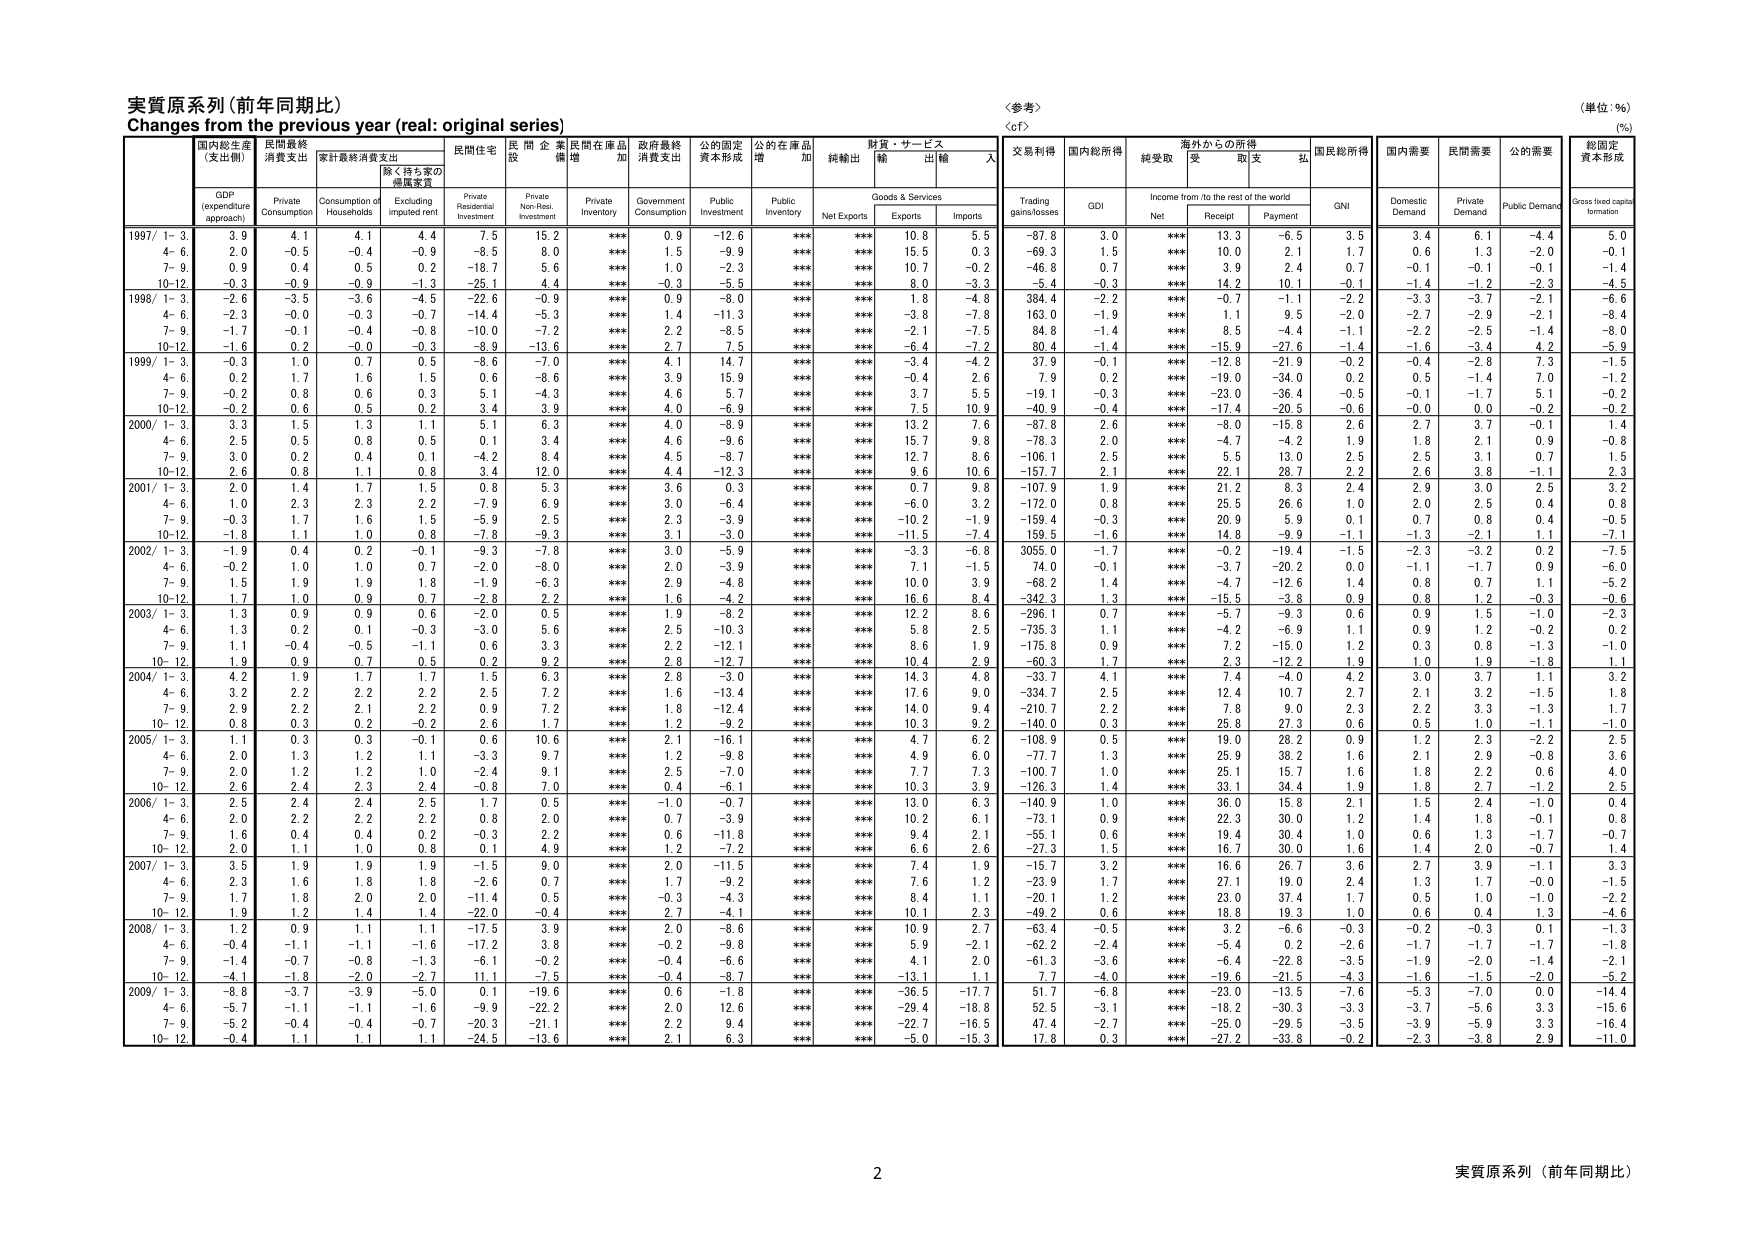
実質原系列（前年同期比）
Changes from the previous year (real: original series)
〈参考〉
（単位：%）
(%)

国内総生産
（支出側）
民間最終
消費支出
家計最終消費支出
除く持ち家の
帰属家賃
民間住宅
投資
民間企業
設備
民間在庫品
増加
政府最終
消費支出
公的固定
資本形成
公的在庫品
増加
純輸出
財貨・サービス
輸出
輸入
交易利得
国内総所得
純受取
海外からの所得
受取
支払
国民総所得
国内需要
民間需要
公的需要
総固定
資本形成

GDP
(expenditure
approach)
Private
Consumption
Consumption of
Households
Excluding
imputed rent
Private
Residential
Investment
Private
Non-Res.
Investment
Private
Inventory
Government
Consumption
Public
Investment
Public
Inventory
Net Exports
Goods & Services
Exports
Imports
Trading
gains/losses
GDI
Income from /to the rest of the world
Net
Receipt
Payment
GNI
Domestic
Demand
Private
Demand
Public Demand
Gross fixed capital
formation

1997/ 1-3
3.9
4.1
4.1
4.4
7.5
15.2
***
0.9
-12.6
***
***
10.8
5.5
-87.8
3.0
***
13.3
-6.5
3.5
3.4
6.1
-4.4
5.0
4-6
2.0
-0.5
-0.4
-0.9
-8.5
8.0
***
1.5
-9.9
***
***
15.5
0.3
-69.3
1.5
***
10.0
2.1
1.7
0.6
1.3
-2.0
-0.1
7-9
0.9
0.4
0.5
0.2
-18.7
5.6
***
1.0
-2.3
***
***
10.7
-0.2
-46.8
0.7
***
3.9
2.4
0.7
-0.1
-0.1
-0.1
-1.4
10-12
-0.3
-0.9
-0.9
-1.3
-25.1
4.4
***
-0.3
-5.5
***
***
8.0
-3.3
-5.4
-0.3
***
14.2
10.1
-0.1
-1.4
-1.2
-2.3
-4.5

1998/ 1-3
-2.6
-3.5
-3.6
-4.5
-22.6
-0.9
***
0.9
-8.0
***
***
1.8
-4.8
384.4
-2.2
***
-0.7
-1.1
-2.2
-3.3
-3.7
-2.1
-6.6
4-6
-2.3
-0.0
-0.3
-0.7
-14.4
-5.3
***
1.4
-11.3
***
***
-3.8
-7.8
163.0
-1.9
***
1.1
9.5
-2.0
-2.7
-2.9
-2.1
-8.4
7-9
-1.7
-0.1
-0.4
-0.8
-10.0
-7.2
***
2.2
-8.5
***
***
-2.1
-7.5
84.8
-1.4
***
8.5
-4.4
-1.1
-2.2
-2.5
-1.4
-8.0
10-12
-1.6
0.2
-0.0
-0.3
-8.9
-13.6
***
2.7
7.5
***
***
-6.4
-7.2
80.4
-1.4
***
-15.9
-27.6
-1.4
-1.6
-3.4
4.2
-5.9

1999/ 1-3
-0.3
1.0
0.7
0.5
-8.6
-7.0
***
4.1
14.7
***
***
-3.4
-4.2
37.9
-0.1
***
-12.8
-21.9
-0.2
-0.4
-2.8
7.3
-1.5
4-6
0.2
1.7
1.6
1.5
0.6
-8.6
***
3.9
15.9
***
***
-0.4
2.6
7.9
0.2
***
-19.0
-34.0
0.2
0.5
-1.4
7.0
-1.2
7-9
-0.2
0.8
0.6
0.3
5.1
-4.3
***
4.6
5.7
***
***
3.7
5.5
-19.1
-0.3
***
-23.0
-36.4
-0.5
-0.1
-1.7
5.1
-0.2
10-12
-0.2
0.6
0.5
0.2
3.4
3.9
***
4.0
-6.9
***
***
7.5
10.9
-40.9
-0.4
***
-17.4
-20.5
-0.6
-0.0
0.0
-0.2
-0.2

2000/ 1-3
3.3
1.5
1.3
1.1
5.1
6.3
***
4.0
-8.9
***
***
13.2
7.6
-87.8
2.6
***
-8.0
-15.8
2.6
2.7
3.7
-0.1
1.4
4-6
2.5
0.5
0.8
0.5
0.1
3.4
***
4.6
-9.6
***
***
15.7
9.8
-78.3
2.0
***
-4.7
-4.2
1.9
1.8
2.1
0.9
-0.8
7-9
3.0
0.2
0.4
0.1
-4.2
8.4
***
4.5
-8.7
***
***
12.7
8.6
-106.1
2.5
***
5.5
13.0
2.5
2.5
3.1
0.7
1.5
10-12
2.6
0.8
1.1
0.8
3.4
12.0
***
4.4
-12.3
***
***
9.6
10.6
-157.7
2.1
***
22.1
28.7
2.2
2.6
3.8
-1.1
2.3

2001/ 1-3
2.0
1.4
1.7
1.5
0.8
5.3
***
3.6
0.3
***
***
0.7
9.8
-107.9
1.9
***
21.2
8.3
2.4
2.9
3.0
2.5
3.2
4-6
1.0
2.3
2.3
2.2
-7.9
6.9
***
3.0
-6.4
***
***
-6.0
3.2
-172.0
0.8
***
25.5
26.6
1.0
2.0
2.5
0.4
0.8
7-9
-0.3
1.7
1.6
1.5
-5.9
2.5
***
2.3
-3.9
***
***
-10.2
-1.9
-159.4
-0.3
***
20.9
5.9
0.1
0.7
0.8
0.4
-0.5
10-12
-1.8
1.1
1.0
0.8
-7.8
-9.3
***
3.1
-3.0
***
***
-11.5
-7.4
159.5
-1.6
***
14.8
-9.9
-1.1
-1.3
-2.1
1.1
-7.1

2002/ 1-3
-1.9
0.4
0.2
-0.1
-9.3
-7.8
***
3.0
-5.9
***
***
-3.3
-6.8
3055.0
-1.7
***
-0.2
-19.4
-1.5
-2.3
-3.2
0.2
-7.5
4-6
-0.2
1.0
1.0
0.7
-2.0
-8.0
***
2.0
-3.9
***
***
7.1
-1.5
74.0
-0.1
***
-3.7
-20.2
0.0
-1.1
-1.7
0.9
-6.0
7-9
1.5
1.9
1.9
1.8
-1.9
-6.3
***
2.9
-4.8
***
***
10.0
3.9
-68.2
1.4
***
-4.7
-12.6
1.4
0.8
0.7
1.1
-5.2
10-12
1.7
1.0
0.9
0.7
-2.8
2.2
***
1.6
-4.2
***
***
16.6
8.4
-342.3
1.3
***
-15.5
-3.8
0.9
0.8
1.2
-0.3
-0.6

2003/ 1-3
1.3
0.9
0.9
0.6
-2.0
0.5
***
1.9
-8.2
***
***
12.2
8.6
-296.1
0.7
***
-5.7
-9.3
0.6
0.9
1.5
-1.0
-2.3
4-6
1.3
0.2
0.1
-0.3
-3.0
5.6
***
2.5
-10.3
***
***
5.8
2.5
-735.3
1.1
***
-4.2
-6.9
1.1
0.9
1.2
-0.2
0.2
7-9
1.1
-0.4
-0.5
-1.1
0.6
3.3
***
2.2
-12.1
***
***
8.6
1.9
-175.8
0.9
***
7.2
-15.0
1.2
0.3
0.8
-1.3
-1.0
10-12
1.9
0.9
0.7
0.5
0.2
9.2
***
2.8
-12.7
***
***
10.4
2.9
-60.3
1.7
***
2.3
-12.2
1.9
1.0
1.9
-1.8
1.1

2004/ 1-3
4.2
1.9
1.7
1.7
1.5
6.3
***
2.8
-3.0
***
***
14.3
4.8
-33.7
4.1
***
7.4
-4.0
4.2
3.0
3.7
1.1
3.2
4-6
3.2
2.2
2.2
2.2
2.5
7.2
***
1.6
-13.4
***
***
17.6
9.0
-334.7
2.5
***
12.4
10.7
2.7
2.1
3.2
-1.5
1.8
7-9
2.9
2.2
2.1
2.2
0.9
7.2
***
1.8
-12.4
***
***
14.0
9.4
-210.7
2.2
***
7.8
9.0
2.3
2.2
3.3
-1.3
1.7
10-12
0.8
0.3
0.2
-0.2
2.6
1.7
***
1.2
-9.2
***
***
10.3
9.2
-140.0
0.3
***
25.8
27.3
0.6
0.5
1.0
-1.1
-1.0

2005/ 1-3
1.1
0.3
0.3
-0.1
0.6
10.6
***
2.1
-16.1
***
***
4.7
6.2
-108.9
0.5
***
19.0
28.2
0.9
1.2
2.3
-2.2
2.5
4-6
2.0
1.3
1.2
1.1
-3.3
9.7
***
1.2
-9.8
***
***
4.9
6.0
-77.7
1.3
***
25.9
38.2
1.6
2.1
2.9
-0.8
3.6
7-9
2.0
1.2
1.2
1.0
-2.4
9.1
***
2.5
-7.0
***
***
7.7
7.3
-100.7
1.0
***
25.1
15.7
1.6
1.8
2.2
0.6
4.0
10-12
2.6
2.4
2.3
2.4
-0.8
7.0
***
0.4
-6.1
***
***
10.3
3.9
-126.3
1.4
***
33.1
34.4
1.9
1.8
2.7
-1.2
2.5

2006/ 1-3
2.5
2.4
2.4
2.5
1.7
0.5
***
-1.0
-0.7
***
***
13.0
6.3
-140.9
1.0
***
36.0
15.8
2.1
1.5
2.4
-1.0
0.4
4-6
2.0
2.2
2.2
2.2
0.8
2.0
***
0.7
-3.9
***
***
10.2
6.1
-73.1
0.9
***
22.3
30.0
1.2
1.4
1.8
-0.1
0.8
7-9
1.6
0.4
0.4
0.2
-0.3
2.2
***
0.6
-11.8
***
***
9.4
2.1
-55.1
0.6
***
19.4
30.4
1.0
0.6
1.3
-1.7
-0.7
10-12
2.0
1.1
1.0
0.8
0.1
4.9
***
1.2
-7.2
***
***
6.6
2.6
-27.3
1.5
***
16.7
30.0
1.6
1.4
2.0
-0.7
1.4

2007/ 1-3
3.5
1.9
1.9
1.9
-1.5
9.0
***
2.0
-11.5
***
***
7.4
1.9
-15.7
3.2
***
16.6
26.7
3.6
2.7
3.9
-1.1
3.3
4-6
2.3
1.6
1.8
1.8
-2.6
0.7
***
1.7
-9.2
***
***
7.6
1.2
-23.9
1.7
***
27.1
19.0
2.4
1.3
1.7
-0.0
-1.5
7-9
1.7
1.8
2.0
2.0
-11.4
0.5
***
-0.3
-4.3
***
***
8.4
1.1
-20.1
1.2
***
23.0
37.4
1.7
0.5
1.0
-1.0
-2.2
10-12
1.9
1.2
1.4
1.4
-22.0
-0.4
***
2.7
-4.1
***
***
10.1
2.3
-49.2
0.6
***
18.8
19.3
1.0
0.6
0.4
1.3
-4.6

2008/ 1-3
1.2
0.9
1.1
1.1
-17.5
3.9
***
2.0
-8.6
***
***
10.9
2.7
-63.4
-0.5
***
3.2
-6.6
-0.3
-0.2
-0.3
0.1
-1.3
4-6
-0.4
-1.1
-1.1
-1.6
-17.2
3.8
***
-0.2
-9.8
***
***
5.9
-2.1
-62.2
-2.4
***
-5.4
0.2
-2.6
-1.7
-1.7
-1.7
-1.8
7-9
-1.4
-0.7
-0.8
-1.3
-6.1
-0.2
***
-0.4
-6.6
***
***
4.1
2.0
-61.3
-3.6
***
-6.4
-22.8
-3.5
-1.9
-2.0
-1.4
-2.1
10-12
-4.1
-1.8
-2.0
-2.7
11.1
-7.5
***
-0.4
-8.7
***
***
-13.1
1.1
7.7
-4.0
***
-19.6
-21.5
-4.3
-1.6
-1.5
-2.0
-5.2

2009/ 1-3
-8.8
-3.7
-3.9
-5.0
0.1
-19.6
***
0.6
-1.8
***
***
-36.5
-17.7
51.7
-6.8
***
-23.0
-13.5
-7.6
-5.3
-7.0
0.0
-14.4
4-6
-5.7
-1.1
-1.1
-1.6
-9.9
-22.2
***
2.0
12.6
***
***
-29.4
-18.8
52.5
-3.1
***
-18.2
-30.3
-3.3
-3.7
-5.6
3.3
-15.6
7-9
-5.2
-0.4
-0.4
-0.7
-20.3
-21.1
***
2.2
9.4
***
***
-22.7
-16.5
47.4
-2.7
***
-25.0
-29.5
-3.5
-3.9
-5.9
3.3
-16.4
10-12
-0.4
1.1
1.1
1.1
-24.5
-13.6
***
2.1
6.3
***
***
-5.0
-15.3
17.8
0.3
***
-27.2
-33.8
-0.2
-2.3
-3.8
2.9
-11.0

2
実質原系列（前年同期比）